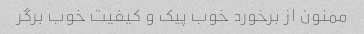
ممنون از برخورد خوب پیک و کیفیت خوب برگر